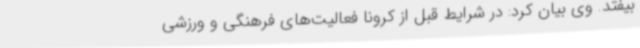
بیفتد. وی بیان کرد: در شرایط قبل از کرونا فعالیت‌های فرهنگی و ورزشی